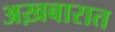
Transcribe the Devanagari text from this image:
अख़बारात